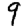
Digit: 9